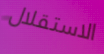
الاستقلال